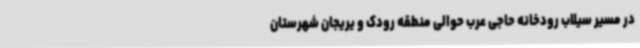
در مسیر سیلاب رودخانه حاجی عرب حوالی منطقه رودک و یریجان شهرستان